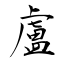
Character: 盧